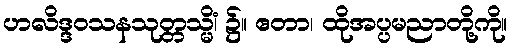
ဟလိဒ္ဒဝသနသုတ္တသ္မိံ၊ ၌။ ဧတာ၊ ထိုအပ္ပမညာတို့ကို။